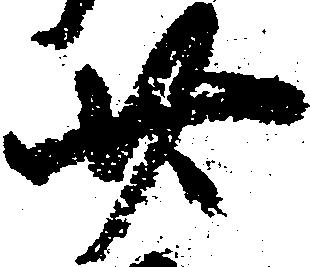
廿